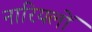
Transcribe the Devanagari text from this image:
नारियलों